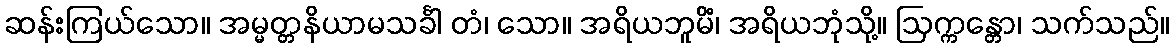
ဆန်းကြယ်သော။ အမ္မတ္တနိယာမသင်္ခါ တံ၊ သော။ အရိယဘူမိံ၊ အရိယဘုံသို့။ ဩက္ကန္တော၊ သက်သည်။